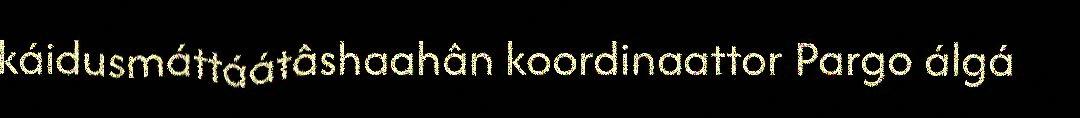
káidusmáttáátâshaahân koordinaattor Pargo álgá